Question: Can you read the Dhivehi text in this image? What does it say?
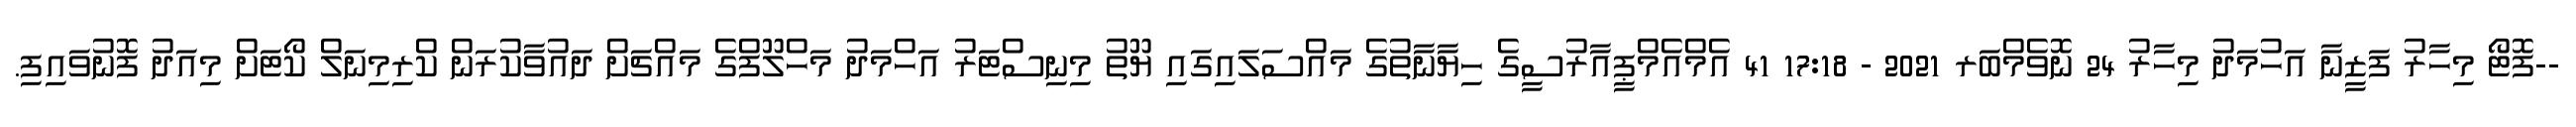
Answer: --ފޮޓޯ މިހާރު ފަޒީނާ އަހުމަދު މިހާރު 24 ނޮވެމްބަރ 2021 - 17:18 41 އެމްއެމްޕީއާރުސީގެ ހިޔާނާތުގެ މައްސަލައިގައި ޔޫތު މިނިސްޓަރު އަހްމަދު މަހްލޫފްގެ މައްޗަށް ދައުވާކުރަން ކްރިމިނަލް ކޯޓަށް މިއަދު ފޮނުވައިފި.